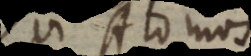
Qui Atomos